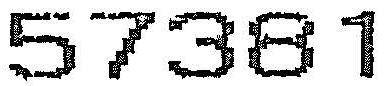
57381